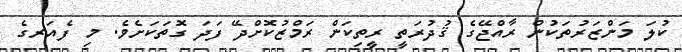
ކުލަ މަންޒަރުތަކުން ރާއްޖޭގެ ޤުދުރަތީ ރީތިކަން ރަމްޒުކޮށްދޭ ފަދަ ގޮތަކަށެވެ. މި ފެއަރގެ